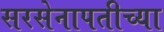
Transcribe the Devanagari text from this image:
सरसेनापतीच्या